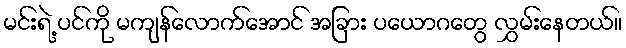
မင်းရဲ့ ပင်ကို မကျန်လောက်အောင် အခြား ပယောဂတွေ လွှမ်းနေတယ်။